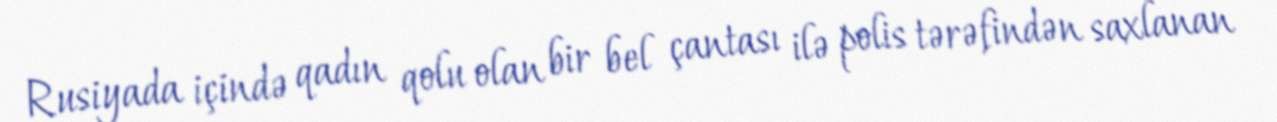
Rusiyada içində qadın qolu olan bir bel çantası ilə polis tərəfindən saxlanan